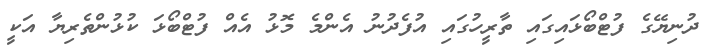
ދުނިޔޭގެ ފުޓްބޯޅައިގައި ތާރީހުގައި އުފެދުނު އެންމެ މޮޅު އެއް ފުޓްބޯޅަ ކުޅުންތެރިޔާ އަކީ